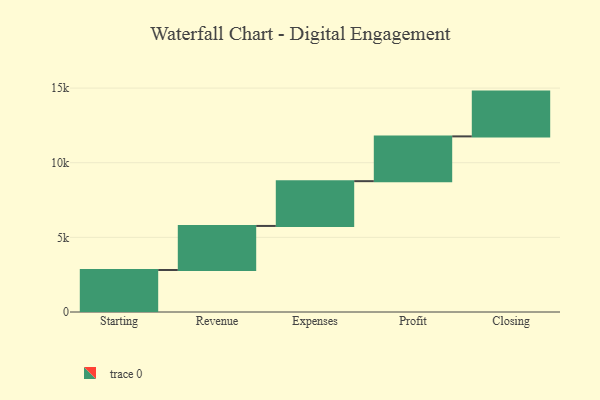
{"axis": {"x": "Step", "y": "Value"}, "legend": [""], "data": [{"x": "Starting", "y": 2812.0, "type": ""}, {"x": "Revenue", "y": 2953.0, "type": ""}, {"x": "Expenses", "y": 3000, "type": ""}, {"x": "Profit", "y": 3000, "type": ""}, {"x": "Closing", "y": 3000, "type": ""}]}